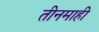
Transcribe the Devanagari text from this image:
तीनमाही